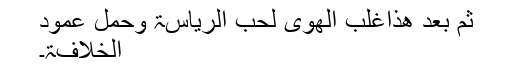
ثُمَّ بَعْدَ ھَذٰاغَلِبَ الْھَوٰی لِحُبِّ الْرِّیٰاسَۃِ وَحَمْلِ عَمُودِ
الْخِلاٰفَۃِ۔